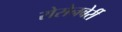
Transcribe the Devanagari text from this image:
रोसेनबेर्री